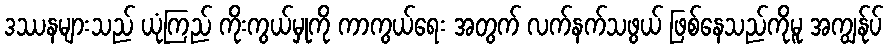
ဒဿနများသည် ယုံကြည် ကိုးကွယ်မှုကို ကာကွယ်ရေး အတွက် လက်နက်သဖွယ် ဖြစ်နေသည်ကိုမူ အကျွန်ုပ်